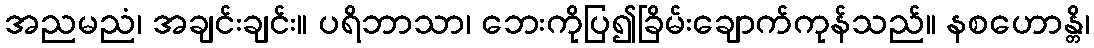
အညမညံ၊ အချင်းချင်း။ ပရိဘာသာ၊ ဘေးကိုပြ၍ခြိမ်းချောက်ကုန်သည်။ နစဟောန္တိ၊